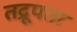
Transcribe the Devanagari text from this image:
तद्रूपता